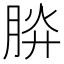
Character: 𣍹